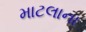
માટલાના